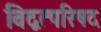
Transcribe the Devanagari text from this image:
विद्वत्परिषद